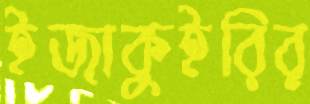
ইজাকুইরির